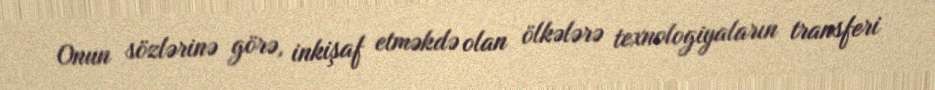
Onun sözlərinə görə, inkişaf etməkdə olan ölkələrə texnologiyaların transferi